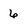
Character: 6